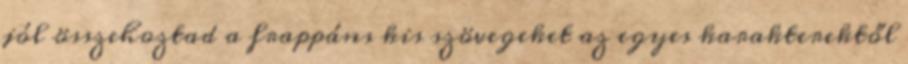
jól összehoztad a frappáns kis szövegeket az egyes karakterektől